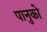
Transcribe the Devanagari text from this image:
पानुको